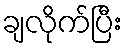
ချလိုက်ပြီး